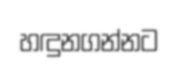
හඳුනගන්නට